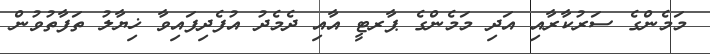
މަމެންގެ ސަރުކާރާއި އަދި މަމެންގެ ޕާރޓީ އާއި ދެމެދު އުފެދިފައިވާ ޚިޔާލު ތަފާތުވުން